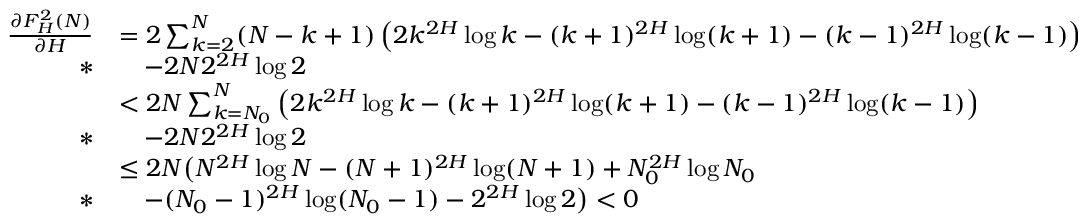
\begin{array} { r l } { \frac { \partial F _ { H } ^ { 2 } ( N ) } { \partial H } } & { = 2 \sum _ { k = 2 } ^ { N } ( N - k + 1 ) \left( 2 k ^ { 2 H } \log k - ( k + 1 ) ^ { 2 H } \log ( k + 1 ) - ( k - 1 ) ^ { 2 H } \log ( k - 1 ) \right) } \\ { * } & { \quad - 2 N 2 ^ { 2 H } \log 2 } \\ & { < 2 N \sum _ { k = N _ { 0 } } ^ { N } \left( 2 k ^ { 2 H } \log k - ( k + 1 ) ^ { 2 H } \log ( k + 1 ) - ( k - 1 ) ^ { 2 H } \log ( k - 1 ) \right) } \\ { * } & { \quad - 2 N 2 ^ { 2 H } \log 2 } \\ & { \le 2 N \bigl ( N ^ { 2 H } \log N - ( N + 1 ) ^ { 2 H } \log ( N + 1 ) + N _ { 0 } ^ { 2 H } \log N _ { 0 } } \\ { * } & { \quad - ( N _ { 0 } - 1 ) ^ { 2 H } \log ( N _ { 0 } - 1 ) - 2 ^ { 2 H } \log 2 \bigr ) < 0 } \end{array}